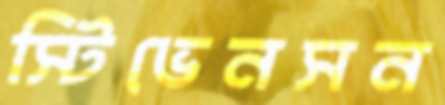
স্টিভেনসন